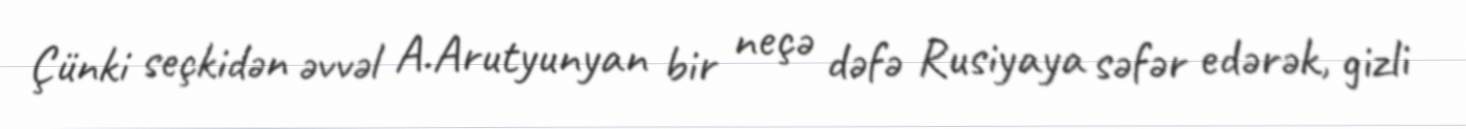
Çünki seçkidən əvvəl A.Arutyunyan bir neçə dəfə Rusiyaya səfər edərək, gizli